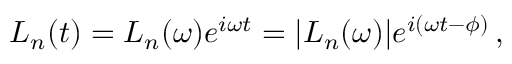
L _ { n } ( t ) = L _ { n } ( \omega ) e ^ { i \omega t } = | L _ { n } ( \omega ) | e ^ { i ( \omega t - \phi ) } \, ,